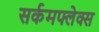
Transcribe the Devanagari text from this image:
सर्कमफ्लेक्स